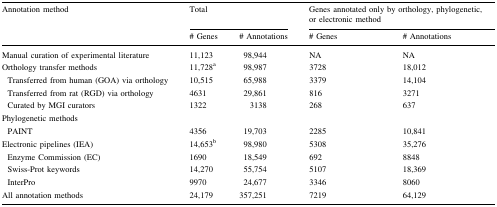
<table><thead><tr><td rowspan="2"><b>Annotation method</b></td><td colspan="2"><b>Total</b></td><td colspan="2"><b>Genes annotated only by orthology, phylogenetic, or electronic method</b></td></tr><tr><td><b># Genes</b></td><td><b># Annotations</b></td><td><b># Genes</b></td><td><b># Annotations</b></td></tr></thead><tbody><tr><td>Manual curation of experimental literature</td><td>11,123</td><td>98,944</td><td>NA</td><td>NA</td></tr><tr><td>Orthology transfer methods</td><td>11,728<sup>a</sup></td><td>98,987</td><td>3728</td><td>18,012</td></tr><tr><td> Transferred from human (GOA) via orthology</td><td>10,515</td><td>65,988</td><td>3379</td><td>14,104</td></tr><tr><td> Transferred from rat (RGD) via orthology</td><td>4631</td><td>29,861</td><td>816</td><td>3271</td></tr><tr><td> Curated by MGI curators</td><td>1322</td><td>3138</td><td>268</td><td>637</td></tr><tr><td>Phylogenetic methods</td><td></td><td></td><td></td><td></td></tr><tr><td> PAINT</td><td>4356</td><td>19,703</td><td>2285</td><td>10,841</td></tr><tr><td>Electronic pipelines (IEA)</td><td>14,653<sup>b</sup></td><td>98,980</td><td>5308</td><td>35,276</td></tr><tr><td> Enzyme Commission (EC)</td><td>1690</td><td>18,549</td><td>692</td><td>8848</td></tr><tr><td> Swiss-Prot keywords</td><td>14,270</td><td>55,754</td><td>5107</td><td>18,369</td></tr><tr><td> InterPro</td><td>9970</td><td>24,677</td><td>3346</td><td>8060</td></tr><tr><td>All annotation methods</td><td>24,179</td><td>357,251</td><td>7219</td><td>64,129</td></tr></tbody></table>